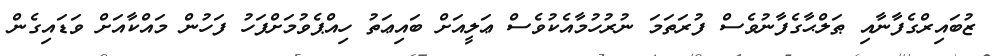
ޒުބައިރްގެފާނާއި ޠަލްޙާގެފާނުވެސް ފުރަތަމަ ނުރުހުމާއެކުވެސް ޢަލީއަށް ބައިޢަތު ހިއްޕެވުމަށްފަހު ފަހުން މައްކާއަށް ވަޑައިގެން